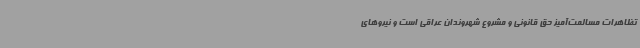
تظاهرات مسالمت‌آمیز حق قانونی و مشروع شهروندان عراقی است و نیروهای